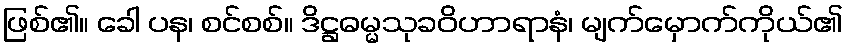
ဖြစ်၏။ ခေါ ပန၊ စင်စစ်။ ဒိဋ္ဌဓမ္မသုခဝိဟာရာနံ၊ မျက်မှောက်ကိုယ်၏